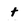
Character: t